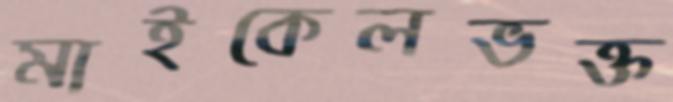
মাইকেলভক্ত